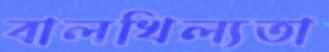
বালখিল্যতা